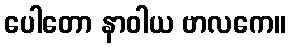
ပေါတော နာဝါယ ဗာလကေ။